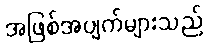
အဖြစ်အပျက်များသည်